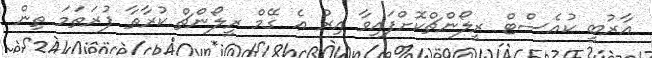
އާރުބީ ކުއެސްޓް ރީލޯންޗްކޮށްފައިވާ އިރު އެ ގޭމް ރީލޯންޗް ކުރާތާ ފުރަތަމަ ތިން